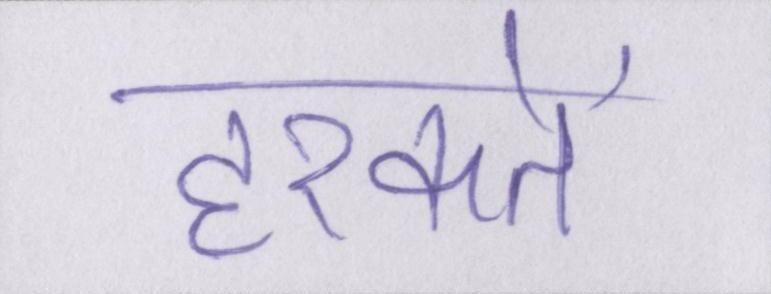
हरकतें